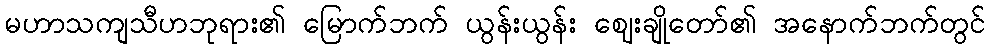
မဟာသကျသီဟဘုရား၏ မြောက်ဘက် ယွန်းယွန်း ဈေးချိုတော်၏ အနောက်ဘက်တွင်